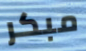
مبكر